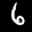
Label: 6